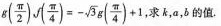
g ( \frac { \pi } { 2 } )$$ , $$f ( \frac { \pi } {4 } ) = - \sqrt { 3 } g ( \frac { \pi } { 4 } )+ 1$$,求k，a，b 的值.